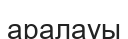
аралауы